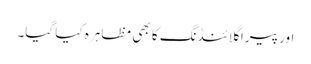
اور پیرا گلائنڈنگ کا بھی مظاہرہ کیا گیا۔